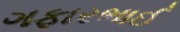
ગફારભાઈ